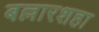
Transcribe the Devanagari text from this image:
बल्लारशहा